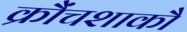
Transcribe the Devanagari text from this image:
क्रौंचशाकौ